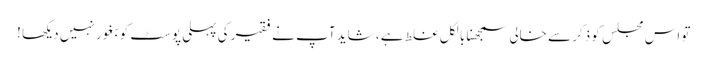
تو اس مجلس کو ذکر سے خالی سمجھنا بالکل غلط ہے ، شاید آپ نے فقیر کی پہلی پوسٹ کو بغور نہیں دیکھا !